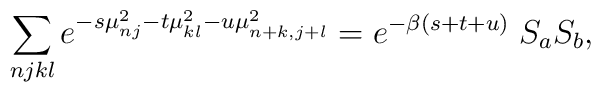
\sum_{njkl} e^{-s\mu^2_{nj} - t\mu^2_{kl} - u\mu^2_{n+k,j+l}}= e^{-\beta (s+t+u)} \; S_aS_b,